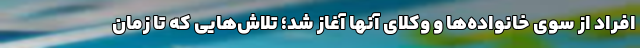
افراد از سوی خانواده‌ها و وکلای آنها آغاز شد؛ تلاش‌هایی که تا زمان